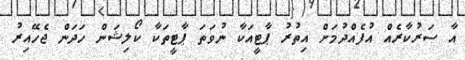
އާ ސަރުކާރެއް އުފެއްދުމަށް އިތުރު ޕާޓީއަކާ ނުވަތަ ޕާޓީތަކާ ކޯލިޝަން ހަދަން ޖެހޭއިރު